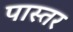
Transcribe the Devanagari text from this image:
पास्तर